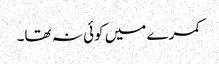
کمرے میں کوئی نہ تھا۔